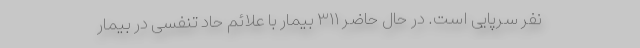
نفر سرپایی است. در حال حاضر ۳۱۱ بیمار با علائم حاد تنفسی در بیمار